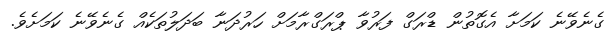
ގެނެވޭނެ ކަމަށާ އެގޮތުން ޑްރަގް ފަރުވާ ޕްރަގްރާމަށް ހަރުދަނާ ބަދަލުތަކެއް ގެނެވޭނެ ކަމަށެވެ.